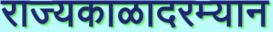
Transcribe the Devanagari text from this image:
राज्यकाळादरम्यान